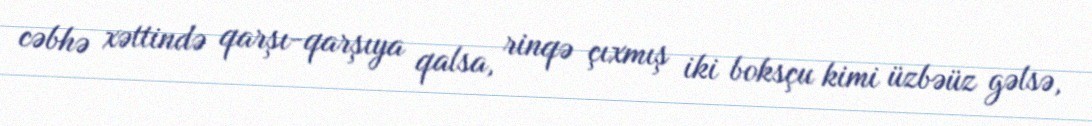
cəbhə xəttində qarşı-qarşıya qalsa, rinqə çıxmış iki boksçu kimi üzbəüz gəlsə,